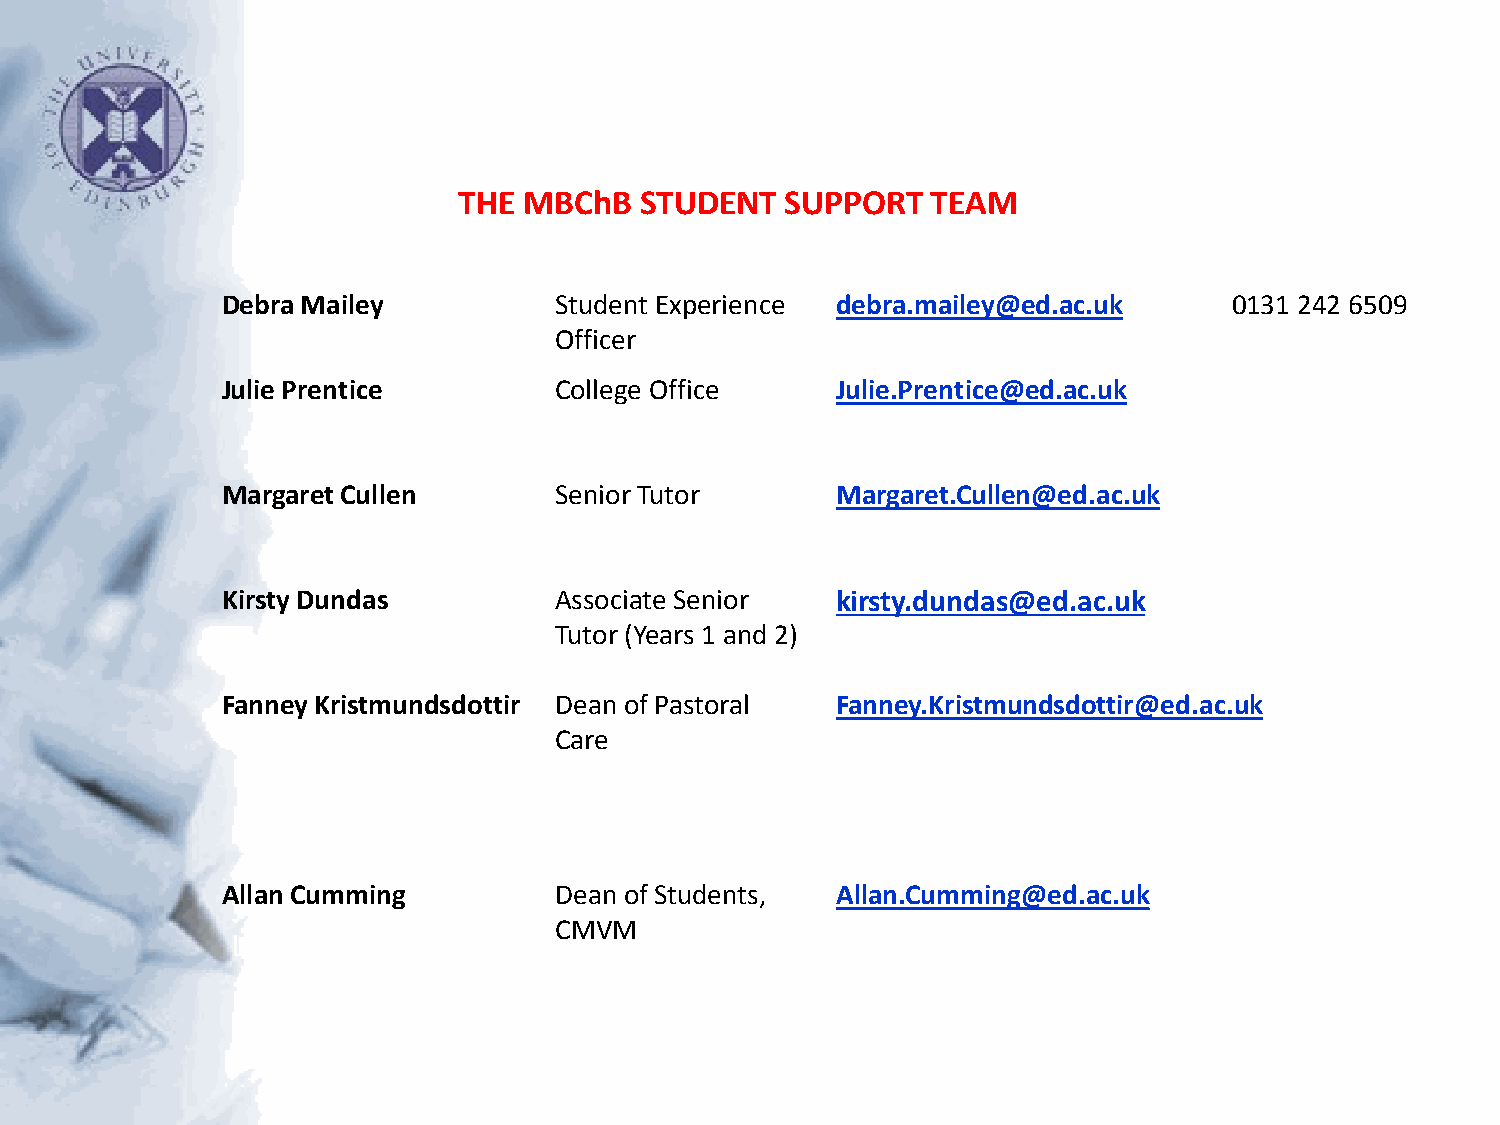
THE  MBChB  STUDENT   SUPPORT   TEAM
 Debra Mailey          Student Experience debra.mailey@ed.ac.uk     0131 242 6509
 Officer
 Julie Prentice        College Office    Julie.Prentice@ed.ac.uk
 Margaret Cullen       Senior Tutor      Margaret.Cullen@ed.ac.uk
 Kirsty Dundas         Associate Senior  kirsty.dundas@ed.ac.uk
 Tutor (Years 1 and 2)
 Fanney Kristmundsdottir Dean of Pastoral Fanney.Kristmundsdottir@ed.ac.uk
 Care
 Allan Cumming         Dean of Students, Allan.Cumming@ed.ac.uk
 CMVM